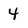
Character: 4